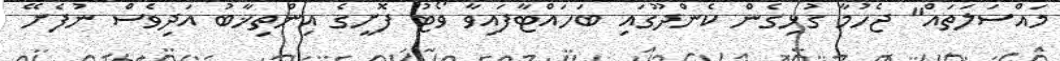
މައްސަލަތައް" ޖެހުމާ ގުޅިގެން ކެންދޫގައި ބަހައްޓާފައިވާ ވޯޓު ފޮށީގެ އިންތިޚާބު އަދިވެސް ނުފެށޭ